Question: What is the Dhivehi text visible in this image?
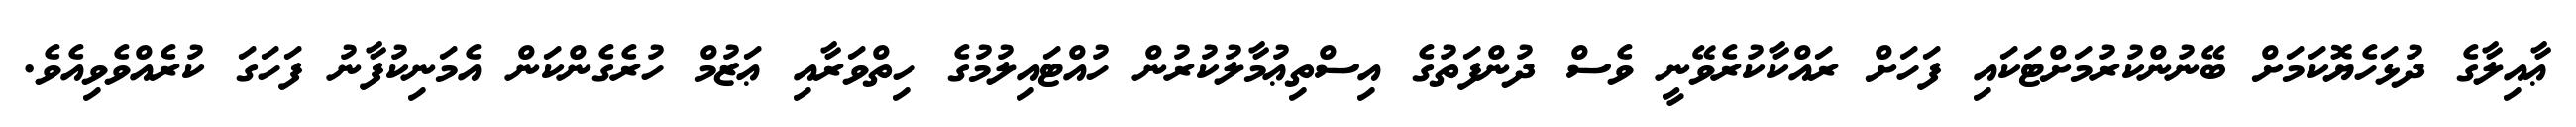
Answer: ޢާއިލާގެ ދުޅަހެޔޮކަމަށް ބޭނުންކުރުމަށްޓަކައި ފަހަށް ރައްކާކުރެވޭނީ ވެސް ދުންފަތުގެ އިސްތިޢުމާލުކުރުން ހުއްޓައިލުމުގެ ހިތްވަރާއި ޢަޒުމް ހުރެގެންކަން އެމަނިކުފާނު ފަހަގަ ކުރެއްވެވިއެވެ.